Vaccination in Burma 1920-1933 - 1920-1933
Year: 1920
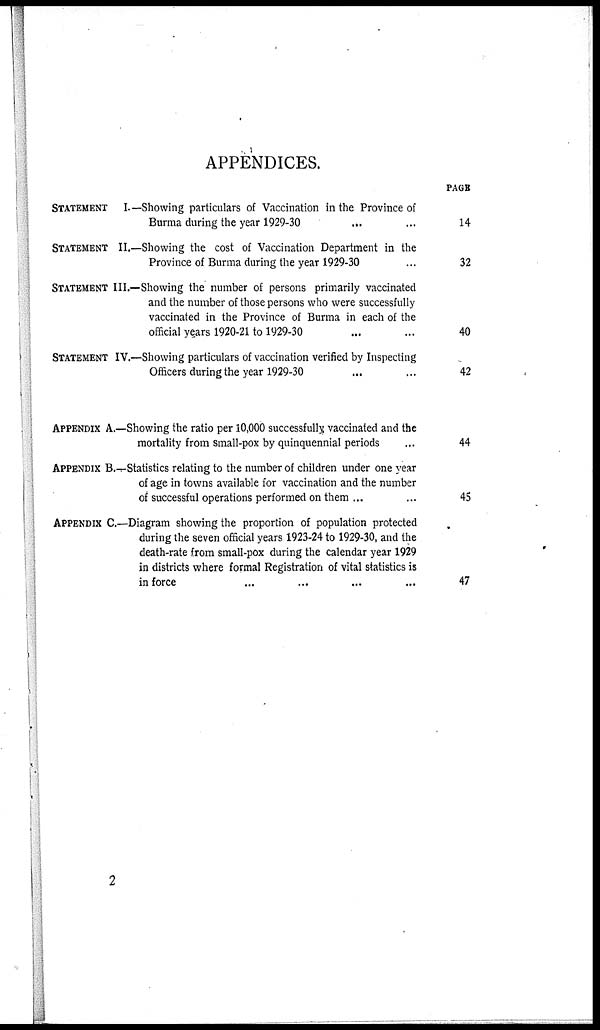
APPENDICES.
STATEMENT I—Showing particulars of Vaccination in the Province of
Burma during the year 1929-30
STATEMENT II.—Showing the cost of Vaccination Department in the
Province of Burma during the year 1929-30
STATEMENT III.—Showing the number of persons primarily vaccinated
and the number of those persons who were successfully
vaccinated in the Province of Burma in each of the
official years 1920-21 to 1929-30
STATEMENT IV.—Showing particulars of vaccination verified by Inspecting
Officers during the year 1929-30
APPENDIX A.—Showing the ratio per 10,000 successfully, vaccinated and the
mortality from small-pox by quinquennial periods
APPENDIX B.—Statistics relating to the number of children under one year
of age in towns available for vaccination and the number
of successful operations performed on them ...
APPENDIX C—Diagram showing the proportion of population protected
during the seven official years 1923-24 to 1929-30, and the
death-rate from small-pox during the calendar year 1929
in districts where formal Registration of vital statistics is
in force
PAGE
14
32
40
42
44
45
47